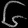
Digit: ၆